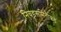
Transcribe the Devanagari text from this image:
निवडसमितीकडे